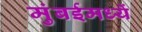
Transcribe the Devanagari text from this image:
मुंबईमध्यें